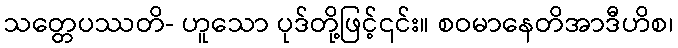
သတ္တေပဿတိ- ဟူသော ပုဒ်တို့ဖြင့်၎င်း။ စဝမာနေတိအာဒီဟိစ၊